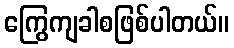
ကြွေကျခါစဖြစ်ပါတယ်။